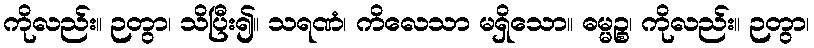
ကိုလည်း။ ဉတွာ၊ သိပြီး၍။ သရဏံ၊ ကိလေသာ မရှိသော။ ဓမ္မဉ္စ၊ ကိုလည်း။ ဉတွာ၊